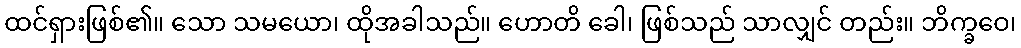
ထင်ရှားဖြစ်၏။ သော သမယော၊ ထိုအခါသည်။ ဟောတိ ခေါ၊ ဖြစ်သည် သာလျှင် တည်း။ ဘိက္ခဝေ၊